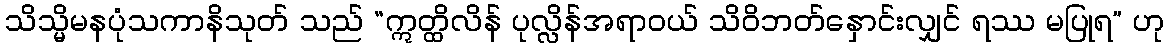
သိသ္မိမနပုံသကာနိသုတ် သည် “ဣတ္ထိလိန် ပုလ္လိန်အရာဝယ် သိဝိဘတ်နှောင်းလျှင် ရဿ မပြုရ” ဟု